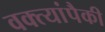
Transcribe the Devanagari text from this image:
वक्त्यांपैकी